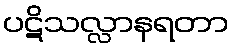
ပဋိသလ္လာနရတာ